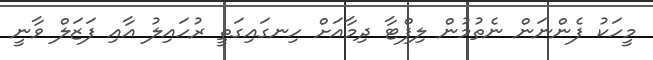
މީހަކު ފެންނަން ނެތުމުން ލިފްޓާ ދިމާއަށް ހިނގައިގަތީ ރުހައިލު އާއި ފަޒަލް ވާނީ